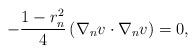
LaTeX: \begin{align*}-\frac{1-r_n^2}{4}\left(\nabla_nv\cdot\nabla_nv\right)=0,\end{align*}